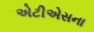
એટીએસના